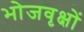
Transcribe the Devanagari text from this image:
भोजवृक्षों